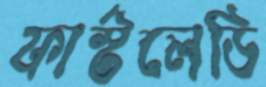
ফার্স্টলেডি